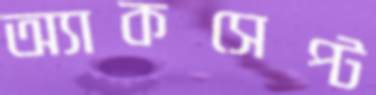
অ্যাকসেপ্ট